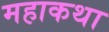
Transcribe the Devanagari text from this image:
महाकथा